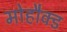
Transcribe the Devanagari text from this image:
मोहौक्ड